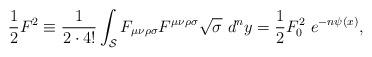
LaTeX: \begin{align*}{1\over 2} F^2 \equiv {1\over 2\cdot 4!}\int_{{\cal S}}F_{\mu\nu\rho\sigma}F^{\mu\nu\rho\sigma} \sqrt{\sigma}\ d^n y= {1\over 2} F_0^2\ e^{-n\psi(x)}, \end{align*}